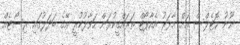
ނޫނު ހޮޓެލްސް އަށް މާފަރު އެއާޕޯޓް ތަރައްގީކުރަން ހަވާލުކުރީ އޭގެ ބަދަލުގައި ރިސޯޓެއް